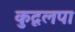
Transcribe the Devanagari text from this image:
कुदृलपा